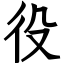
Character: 役